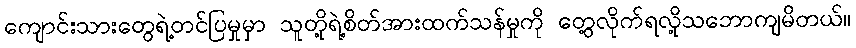
ကျောင်းသားတွေရဲ့တင်ပြမှုမှာ သူတို့ရဲ့စိတ်အားထက်သန်မှုကို တွေ့လိုက်ရလို့သဘောကျမိတယ်။